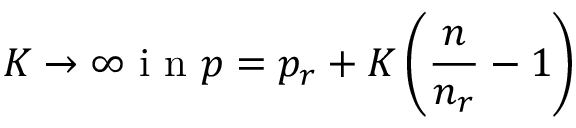
K \to \infty \mathrm { ~ i ~ n ~ } p = p _ { r } + K \left( \frac { n } { n _ { r } } - 1 \right)